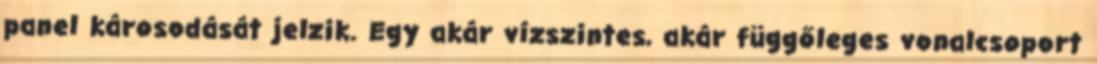
panel károsodását jelzik. Egy akár vízszintes, akár függőleges vonalcsoport